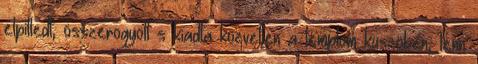
elpilledt, összerogyott s kiadta közvetlen a templom küszöbén, lenn